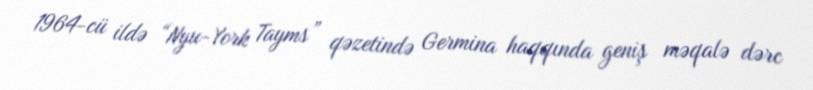
1964-cü ildə “Nyu-York Tayms” qəzetində Germina haqqında geniş məqalə dərc